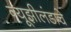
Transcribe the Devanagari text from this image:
न्यूझीलंडाचे